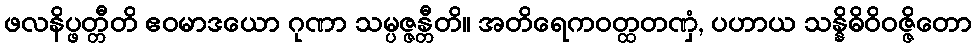
ဖလနိပ္ဖတ္တီတိ ဧဝမာဒယော ဂုဏာ သမ္ပဇ္ဇန္တီတိ။ အတိရေကဝတ္ထတဏှံ, ပဟာယ သန္နိဓိဝိဝဇ္ဇိတော